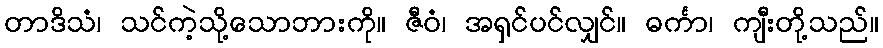
တာဒိသံ၊ သင်ကဲ့သို့သောဘားကို။ ဇီဝံ၊ အရှင်ပင်လျှင်။ ဓင်္ကာ၊ ကျီးတို့သည်။